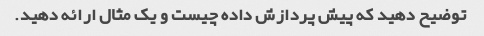
توضیح دهید که پیش پردازش داده چیست و یک مثال ارائه دهید.